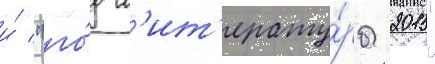
и́ "го́д л'ит'ерату́ры 2015"